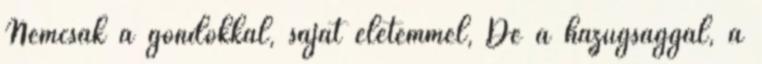
Nemcsak a gondokkal, saját életemmel, De a hazugsággal, a